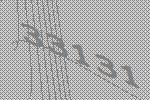
33131